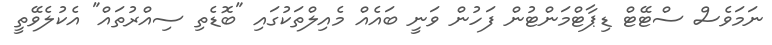
ނަމަވެސް ސްޓޭޓް ޑިޕާޓްމަންޓުން ފަހުން ވަނީ ބައެއް މެއިލްތަކުގައި "ބޮޑެތި ސިއްރުތައް" އެކުލެވޭތީ